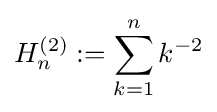
H_{n}^{(2)}:=\sum _{k=1}^{n}k^{-2}